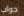
جواب